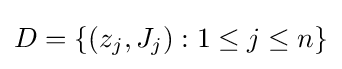
D=\{(z_{j},J_{j}):1\leq j\leq n\}